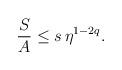
LaTeX: \begin{align*}{S\over A} \leq s\, \eta^{1-2q}.\end{align*}